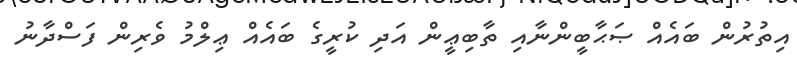
އިތުރުން ބައެއް ޞަޙާބީންނާއި ތާބިޢީން އަދި ކުރީގެ ބައެއް ޢިލްމު ވެރިން ފަސްދާނު